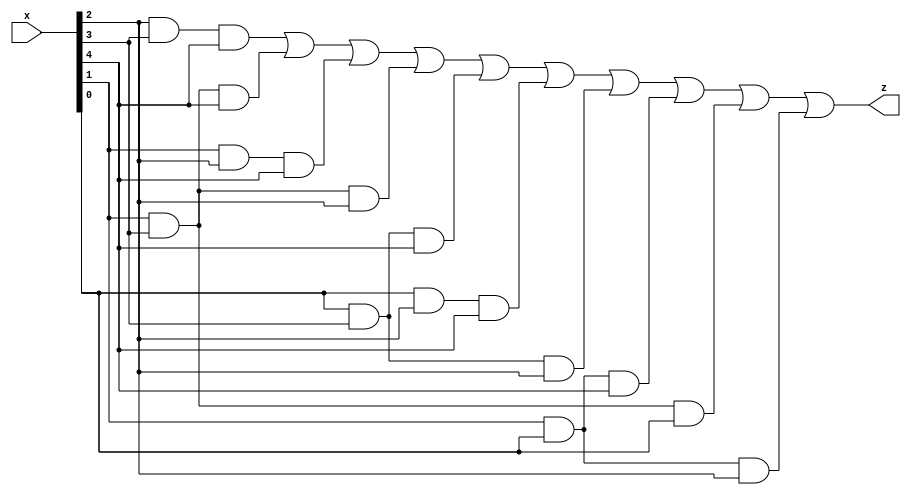
module majority_ckt(input [5:1] x, output z);
wire [9:0] w;


//bunu tekrar yapmaya gerek duymadm, aynsn kopyaladm
//basite herhangi 3 (veya daha fazla)input 1 olduunda output 1 olsun
//ring counterdaki gibi WIDTH parametre yapp n-bit majority circuit yapabilir miyim diye dndm ama aklma gelmedi

// instantiate with And Gates
and and1(w[0],x[3],x[4],x[5]);
and and2(w[1],x[2],x[4],x[5]);
and and3(w[2],x[2],x[3],x[5]);
and and4(w[3],x[2],x[4],x[3]);
and and5(w[4],x[1],x[4],x[5]);
and and6(w[5],x[1],x[3],x[5]);
and and7(w[6],x[1],x[4],x[3]);
and and8(w[7],x[2],x[1],x[5]);
and and9(w[8],x[2],x[4],x[1]);
and and10(w[9],x[2],x[1],x[3]);

//yukardaki 3 input kombinasyonlarndan herhangi biri karlandnda or ile outputu 1 yapyor
or or1(z,w[0],w[1],w[2],w[3],w[4],w[5],w[6],w[7],w[8],w[9]);

endmodule